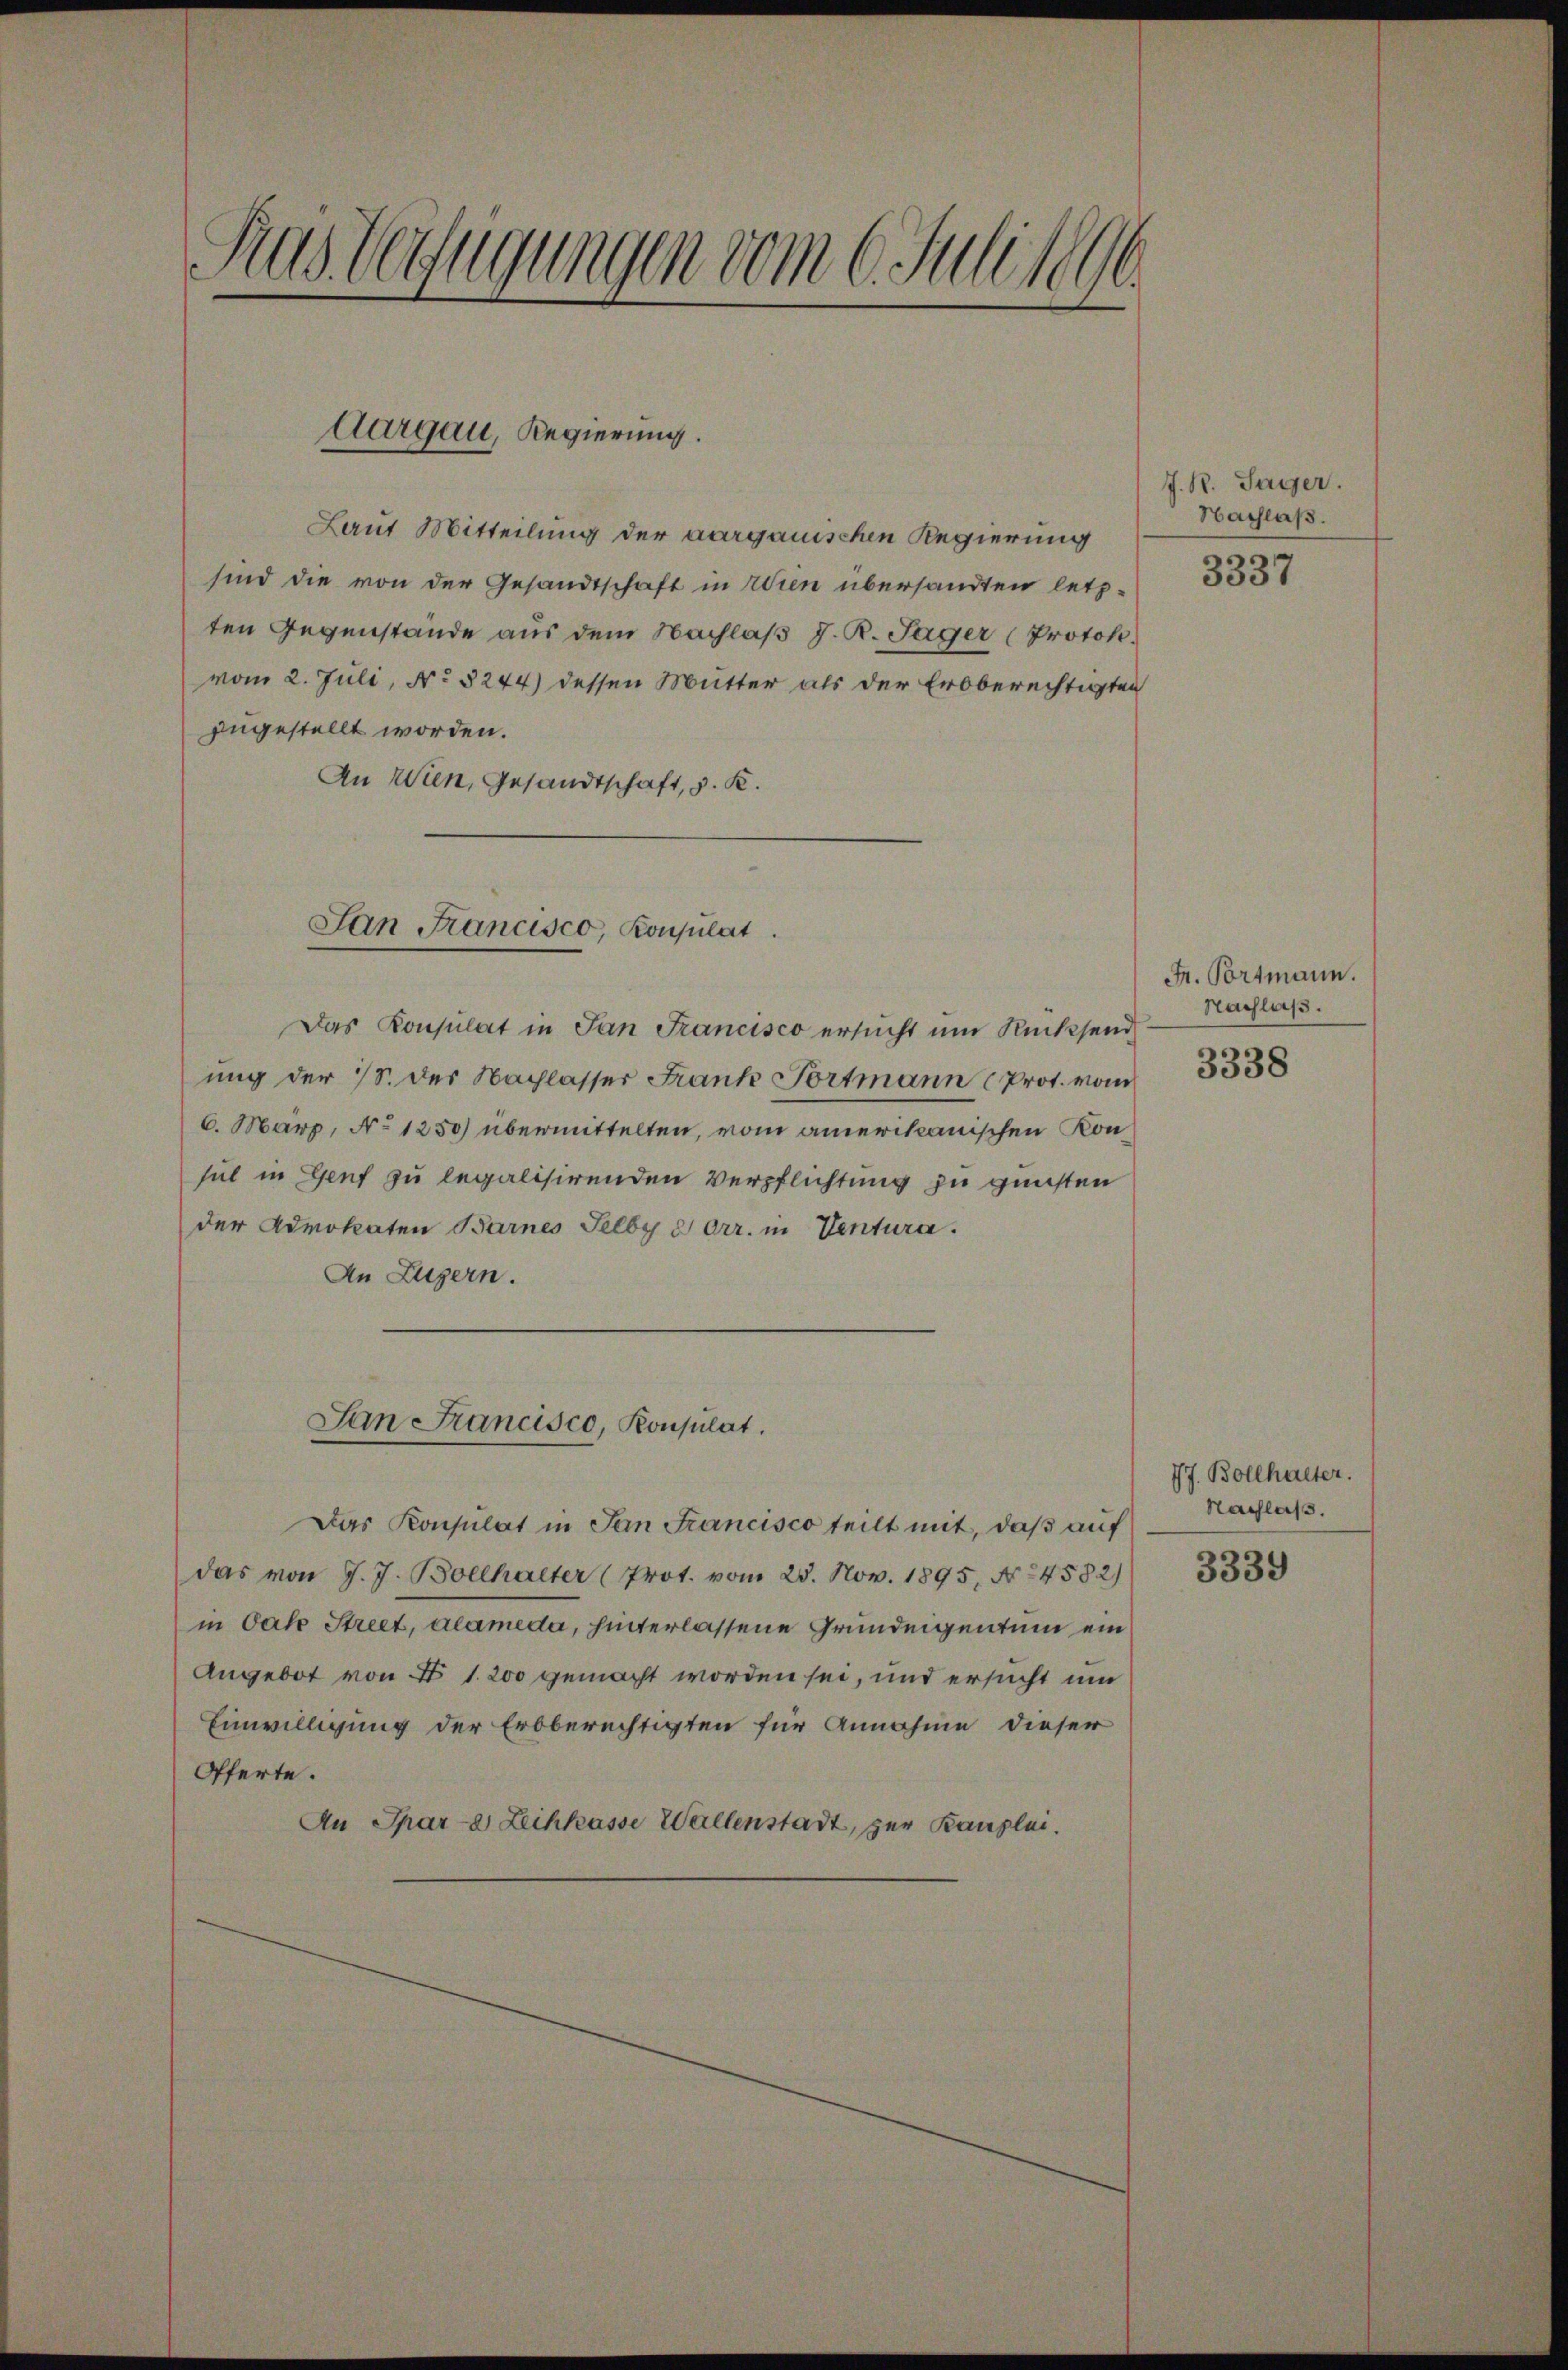
Ras Verfügungen vom 6. Juli 1890.

Aargau, Regierung.

Laut Mitteilung der aargauischen Regierung
sind die von der Gesandtschaft in Wien übersandten letzten Gegenstände aus dem Nachlaß J. R. Jäger (Protok.
vom 2. Juli, No 3244) dessen Mutter als der Erbberechtigten
zugestellt worden.
An Wien, Gesandtschaft, v. K.

San Francisco, Konsulat

San Francisco, Konsulat,

Das Konsulat in San Francisco ersucht um Rücksend
ung der 18. des Nachlasser Frank Tortmann (Prot. vom
6. März, No 1250) übermittelten, vom amerikanischen Konsul in Genf zu legalisirenden Verpflichtung zu gunsten
der Advokaten Barnes Selby d err. in Ventura.
An Luzern.
Das Konsulat in San Francisco teilt mit, daß auf
das von J. J. Bollhalter (Prot. vom 25. Nov. 1895, No 4582)
in an Street, alameda, hinterlassene Grundeigentum ein
Angebot von No 1. 200 gemacht worden sei, und ersucht um
Einwilligung der Erbberechtigten für Annahme dieser
Offerte.
An Spar-a Leihkasse Wallenstadt, zur Kanzlei.

J. R. Sager.
Nachlaß.

3337

Fr. Portmann.
Nachlaß.
3338

77. Bollhalter.
Nachlaß.
3339